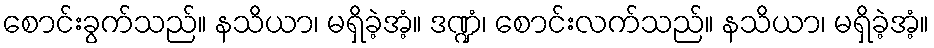
စောင်းခွက်သည်။ နသိယာ၊ မရှိခဲ့အံ့။ ဒဏ္ဍံ၊ စောင်းလက်သည်။ နသိယာ၊ မရှိခဲ့အံ့။